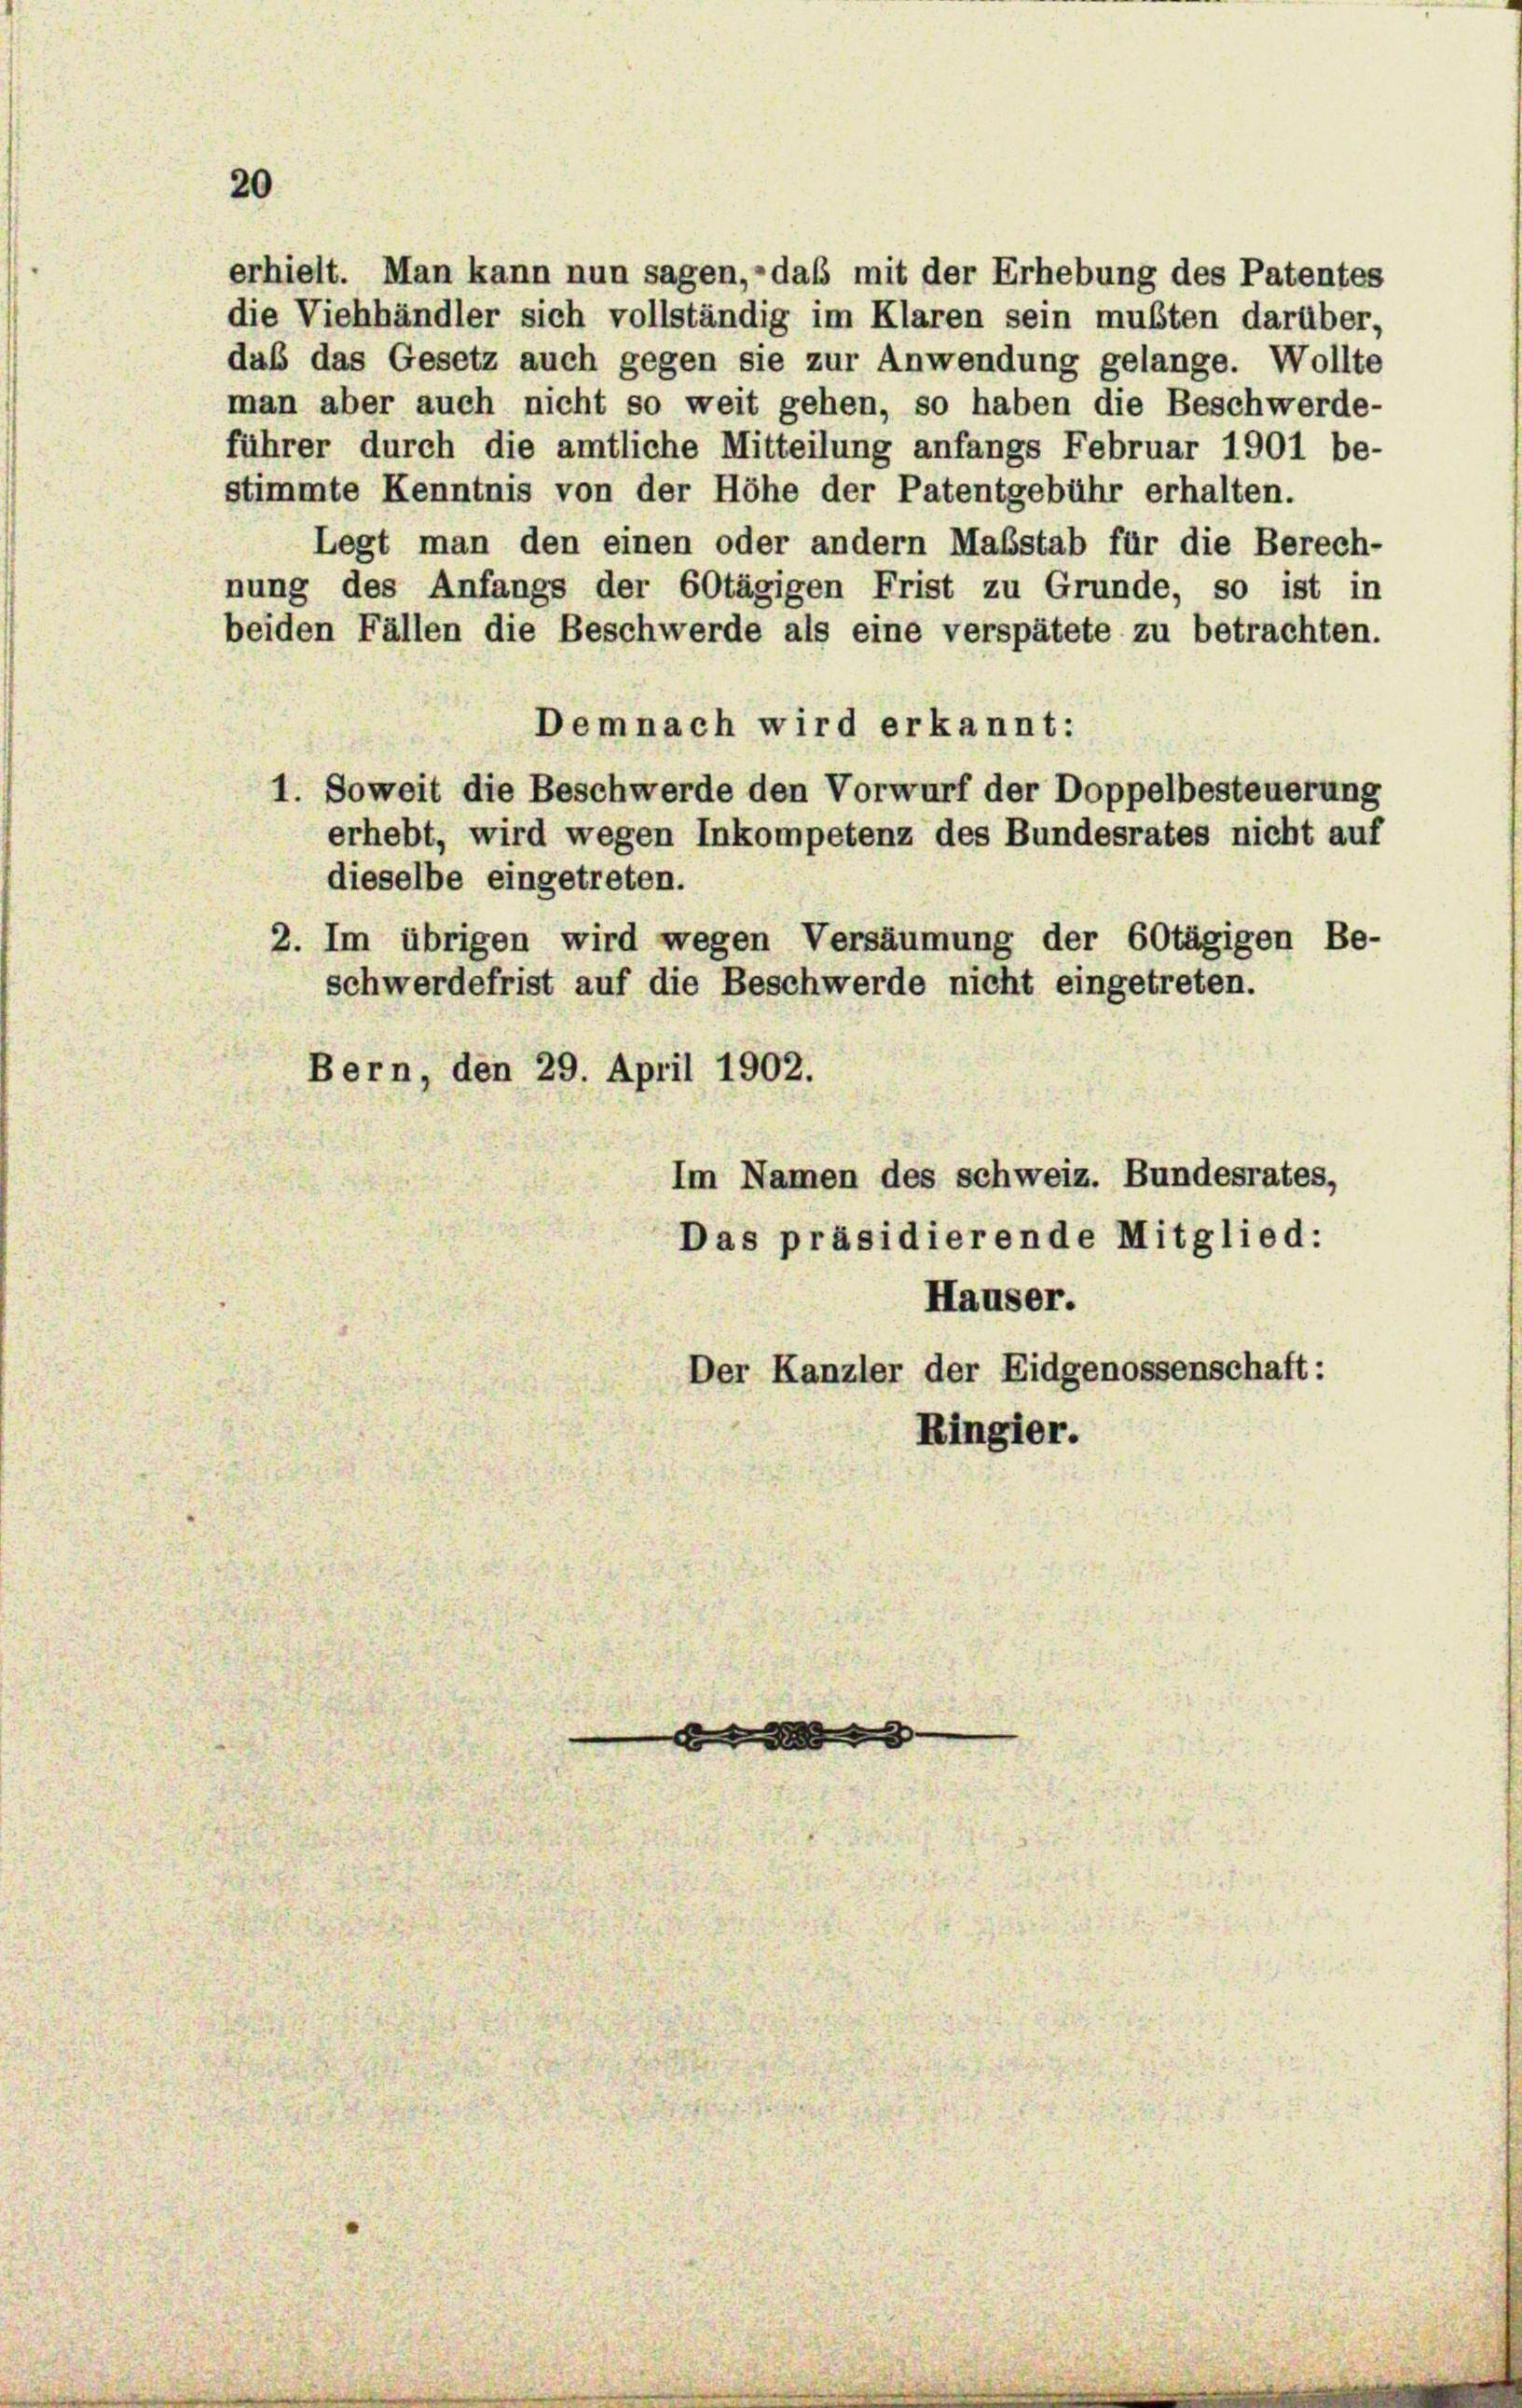
erhielt. Man kann nun sagen, daß mit der Erhebung des Patentes
die Viehhändler sich vollständig im Klaren sein mußten darüber,

dub das Gesetz auch gegen sie zur Anwendung gelange. Wollte
man aber auch nicht so weit gehen, so haben die Beschwerde-
führer durch die amtliche Mitteilung anfangs Februar 1901 be-
stimmte Kenntnis von der Höhe der Patentgebühr erhalten.
Legt man den einen oder andern Maßstab für die Berech-
nung des Anfangs der 60tägigen Frist zu Grunde, so ist in
beiden Fällen die Beschwerde als eine verspätete zu betrachten.
Demnach wird erkannt:
1. Soweit die Beschwerde den Vorwurf der Doppelbesteuerung
erhebt, wird wegen Inkompetenz des Bundesrates nicht auf
dieselbe eingetreten.
2. Im übrigen wird wegen Versäumung der 60tägigen Be-
schwerdefrist auf die Beschwerde nicht eingetreten.
Bern, den 29. April 1902.
Im Namen des schweiz. Bundesrates,
Das präsidierende Mitglied:
Häuser.
Der Kanzler der Eidgenossenschaft:
Ringier.

20